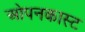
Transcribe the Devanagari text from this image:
ओपनकास्ट